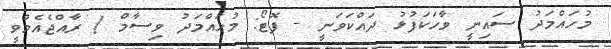
މުހައްމަދު ސައިނީ ވާހަކަފުޅު ދައްކަވަނީ - ފޮޓޯ: މުހައްމަދު ވިސާމް / ރާއްޖެއެމްވީ